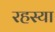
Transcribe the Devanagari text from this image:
रहस्या